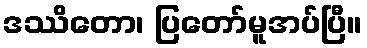
ဒဿိတော၊ ပြတော်မူအပ်ပြီ။